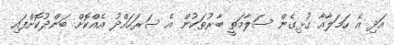
އަދި އެ ހަމަލާއާ ގުޅިގެން ސަލާމަތީ ބާރުތަކުން އެ ސަރަހައްދު އެއްކޮށް ބަންދުކޮށްފައި